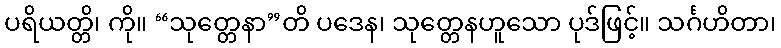
ပရိယတ္တိ၊ ကို။ “သုတ္တေနာ”တိ ပဒေန၊ သုတ္တေနဟူသော ပုဒ်ဖြင့်။ သင်္ဂဟိတာ၊